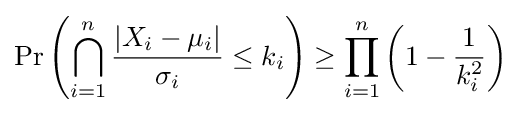
\Pr \left(\bigcap _{i=1}^{n}{\frac {|X_{i}-\mu _{i}|}{\sigma _{i}}}\leq k_{i}\right)\geq \prod _{i=1}^{n}\left(1-{\frac {1}{k_{i}^{2}}}\right)